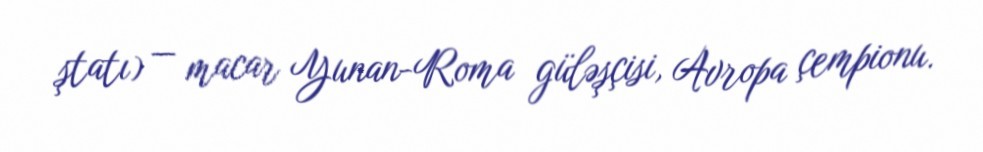
ştatı) — macar Yunan-Roma güləşçisi, Avropa çempionu.